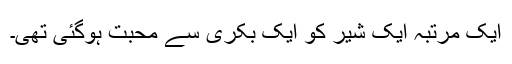
ایک مرتبہ ایک شیر کو ایک بکری سے محبت ہوگئی تھی۔